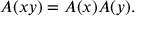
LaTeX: A ( x y ) = A ( x ) A ( y ) .